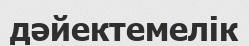
дәйектемелік